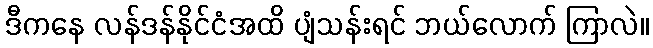
ဒီကနေ လန်ဒန်နိုင်ငံအထိ ပျံသန်းရင် ဘယ်လောက် ကြာလဲ။